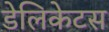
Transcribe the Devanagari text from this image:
डेलिकेटस